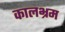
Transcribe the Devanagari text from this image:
कालभ्रम